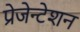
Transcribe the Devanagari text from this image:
प्रेजेन्टेशन